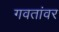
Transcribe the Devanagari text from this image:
गवतांवर